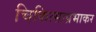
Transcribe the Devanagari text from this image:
चिकित्साप्रभाकर